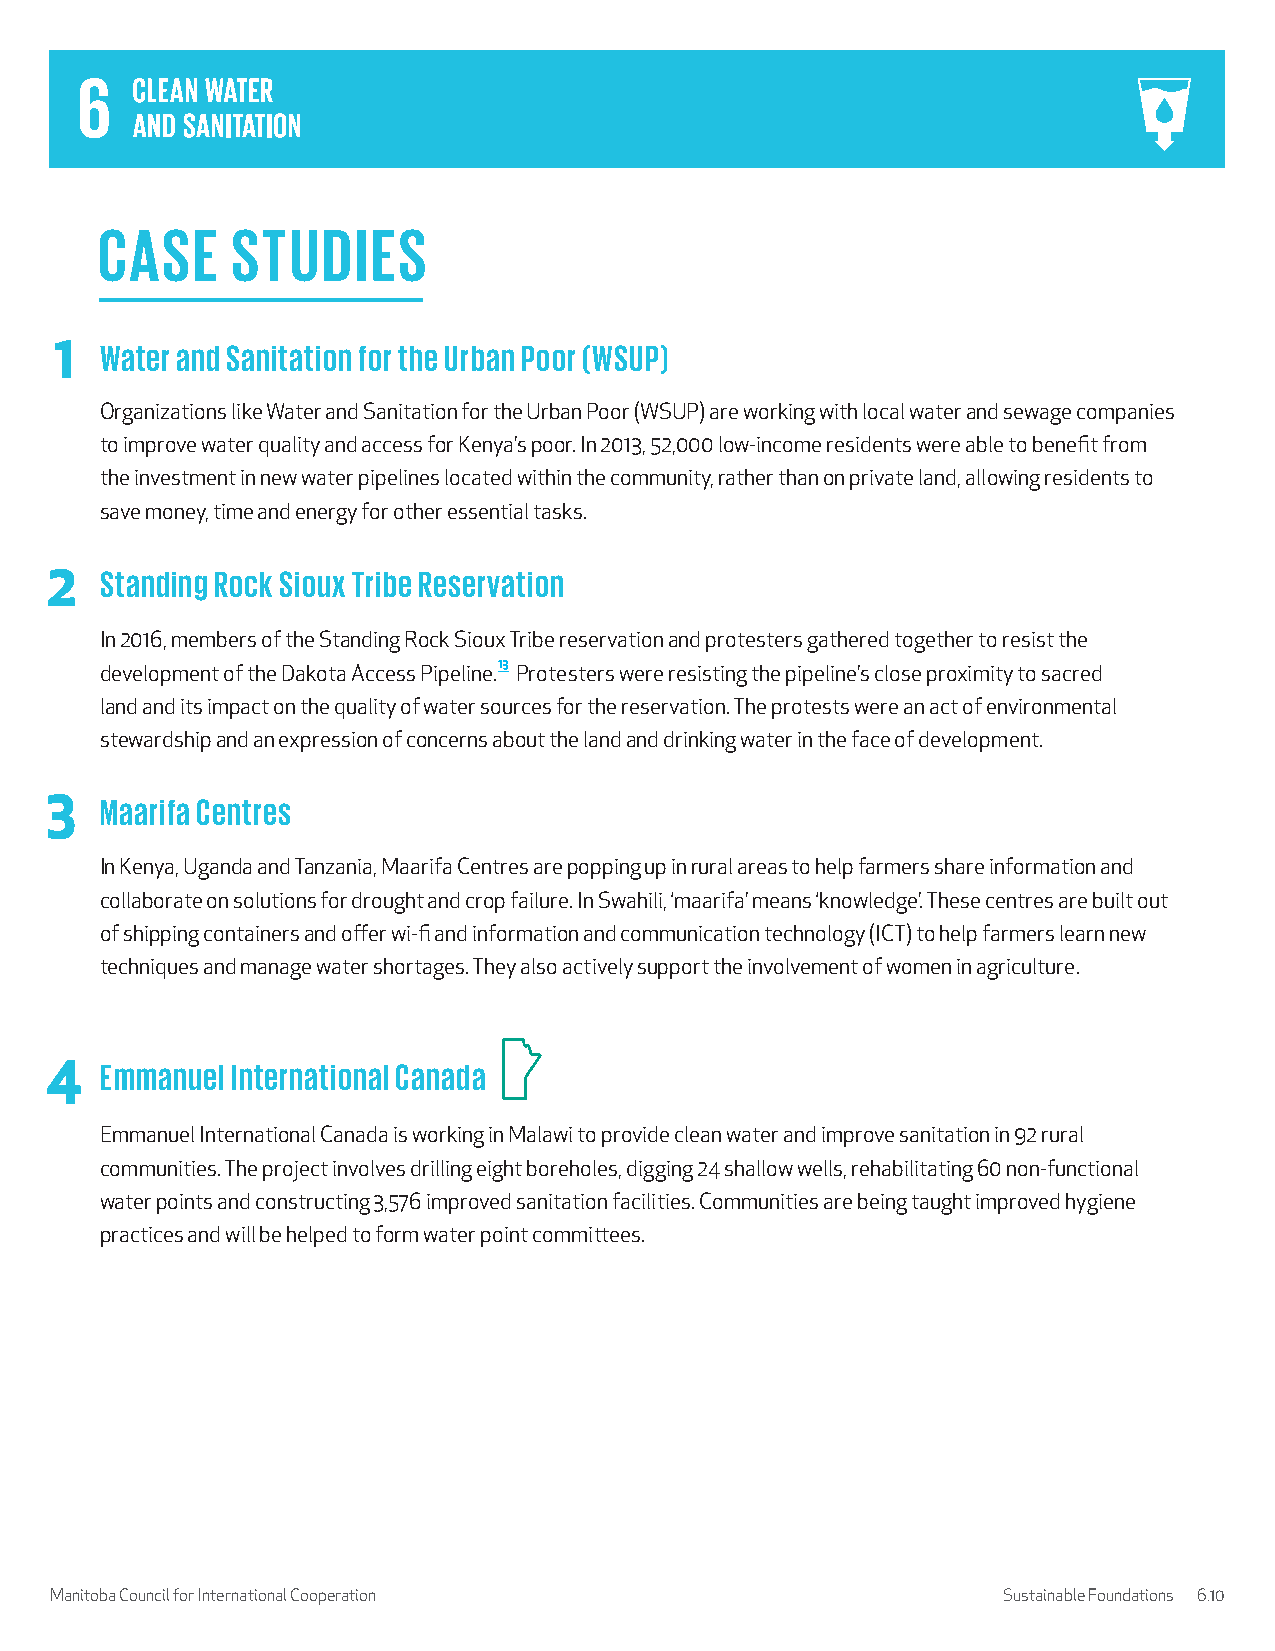
CASE     STUDIES
 1  Water and Sanitation for the Urban Poor (WSUP)
 Organizations like Water and Sanitation for the Urban Poor (WSUP) are working with local water and sewage companies
 to improve water quality and access for Kenya’s poor. In 2013, 52,000 low-income residents were able to benefit from
 the investment in new water pipelines located within the community, rather than on private land, allowing residents to
 save money, time and energy for other essential tasks.
 2   Standing Rock Sioux Tribe Reservation
 In 2016, members of the Standing Rock Sioux Tribe reservation and protesters gathered together to resist the
 development of the Dakota Access Pipeline.13 Protesters were resisting the pipeline’s close proximity to sacred
 land and its impact on the quality of water sources for the reservation. The protests were an act of environmental
 stewardship and an expression of concerns about the land and drinking water in the face of development.
 3   Maarifa Centres
 In Kenya, Uganda and Tanzania, Maarifa Centres are popping up in rural areas to help farmers share information and
 collaborate on solutions for drought and crop failure. In Swahili, ‘maarifa’ means ‘knowledge’. These centres are built out
 of shipping containers and offer wi-fi and information and communication technology (ICT) to help farmers learn new
 techniques and manage water shortages. They also actively support the involvement of women in agriculture.
 4   Emmanuel International Canada
 Emmanuel International Canada is working in Malawi to provide clean water and improve sanitation in 92 rural
 communities. The project involves drilling eight boreholes, digging 24 shallow wells, rehabilitating 60 non-functional
 water points and constructing 3,576 improved sanitation facilities. Communities are being taught improved hygiene
 practices and will be helped to form water point committees.
 Manitoba Council for International Cooperation                 Sustainable Foundations 6.10